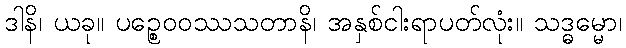
ဒါနိ၊ ယခု။ ပဉ္စေဝဝဿသတာနိ၊ အနှစ်ငါးရာပတ်လုံး။ သဒ္ဓမ္မော၊